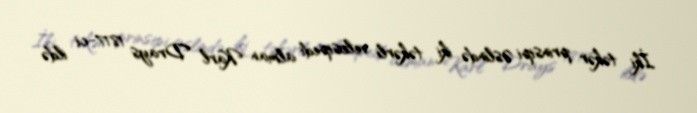
İki təkər prinsipi Əslində iki təkərli velosipedi alman Karl Drays 1817-ci ildə